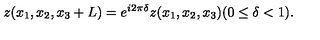
z ( x _ { 1 } , x _ { 2 } , x _ { 3 } + L ) = e ^ { i 2 \pi \delta } z ( x _ { 1 } , x _ { 2 } , x _ { 3 } ) ( 0 \leq \delta < 1 ) .